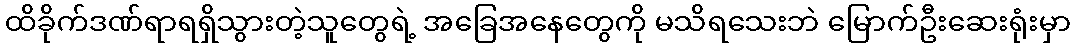
ထိခိုက်ဒဏ်ရာရရှိသွားတဲ့သူတွေရဲ့ အခြေအနေတွေကို မသိရသေးဘဲ မြောက်ဦးဆေးရုံးမှာ